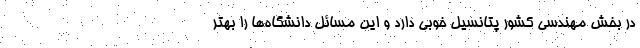
در بخش مهندسی کشور پتانسیل خوبی دارد و این مسائل دانشگاه‌ها را بهتر